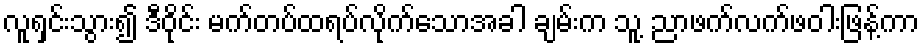
လူရှင်းသွား၍ ဒီဝိုင်း မက်တပ်ထရပ်လိုက်သောအခါ ချမ်းက သူ့ ညာဖက်လက်ဖဝါးဖြန့်ကာ